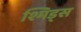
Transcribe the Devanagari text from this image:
श्मिड्स